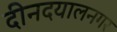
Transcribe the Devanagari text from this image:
दीनदयालनगर